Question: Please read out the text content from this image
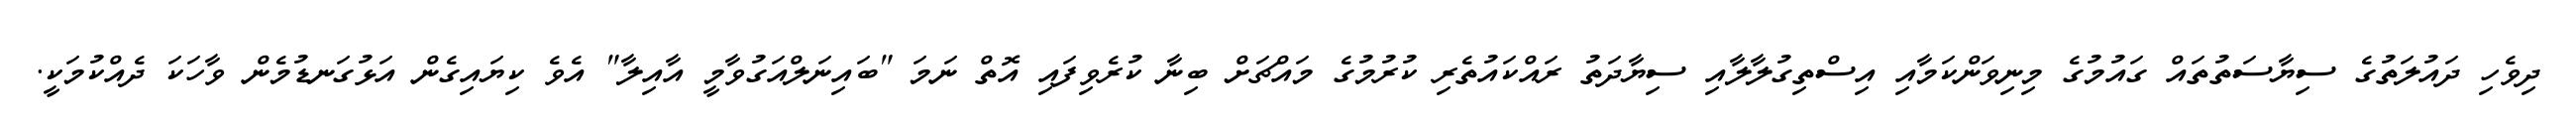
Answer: ދިވެހި ދައުލަތުގެ ސިޔާސަތުތައް ގައުމުގެ މިނިވަންކަމާއި އިސްތިގުލާލާއި ސިޔާދަތު ރައްކައުތެރި ކުރުމުގެ މައްޗަށް ބިނާ ކުރެވިފައި އޮތް ނަމަ "ބައިނަލްއަގުވާމީ އާއިލާ" އެވެ ކިޔައިގެން އަޅުގަނޑުމެން ވާހަކަ ދެއްކުމަކީ.